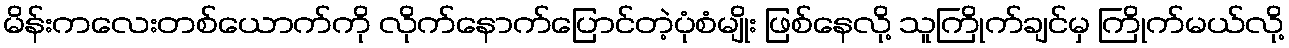
မိန်းကလေးတစ်ယောက်ကို လိုက်နောက်ပြောင်တဲ့ပုံစံမျိုး ဖြစ်နေလို့ သူကြိုက်ချင်မှ ကြိုက်မယ်လို့